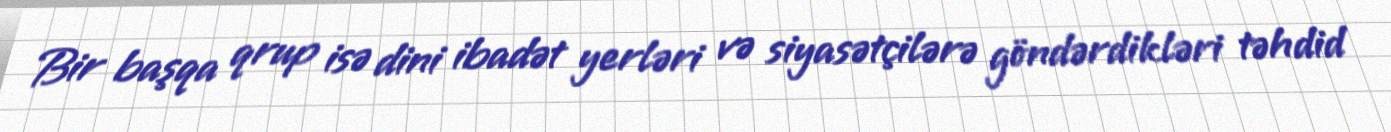
Bir başqa qrup isə dini ibadət yerləri və siyasətçilərə göndərdikləri təhdid